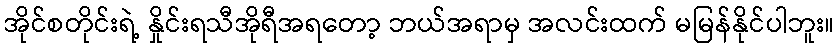
အိုင်စတိုင်းရဲ့ နှိုင်းရသီအိုရီအရတော့ ဘယ်အရာမှ အလင်းထက် မမြန်နိုင်ပါဘူး။